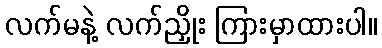
လက်မနဲ့ လက်ညှိုး ကြားမှာထားပါ။